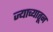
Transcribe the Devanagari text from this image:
ज्याच्यातून